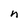
Character: n